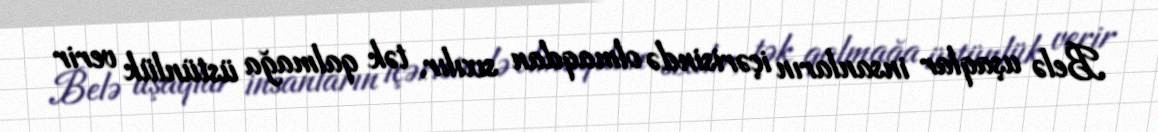
Belə uşaqlar insanların içərisində olmaqdan sıxılır, tək qalmağa üstünlük verir